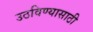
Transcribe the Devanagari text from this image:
उठविण्यासाठी